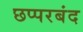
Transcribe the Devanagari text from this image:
छप्परबंद